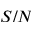
S / N